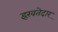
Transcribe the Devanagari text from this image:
इख़तेदार